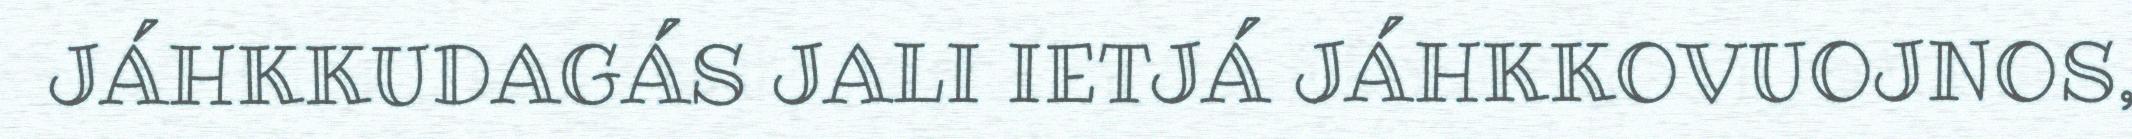
JÁHKKUDAGÁS JALI IETJÁ JÁHKKOVUOJNOS,